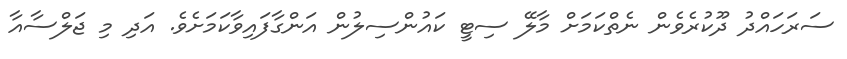
ސަރަހައްދު ދޫކުރެވެން ނެތްކަމަށް މާލޭ ސިޓީ ކައުންސިލުން އަންގާފައިވާކަމަށެވެ. އަދި މި ޖަލްސާއާ